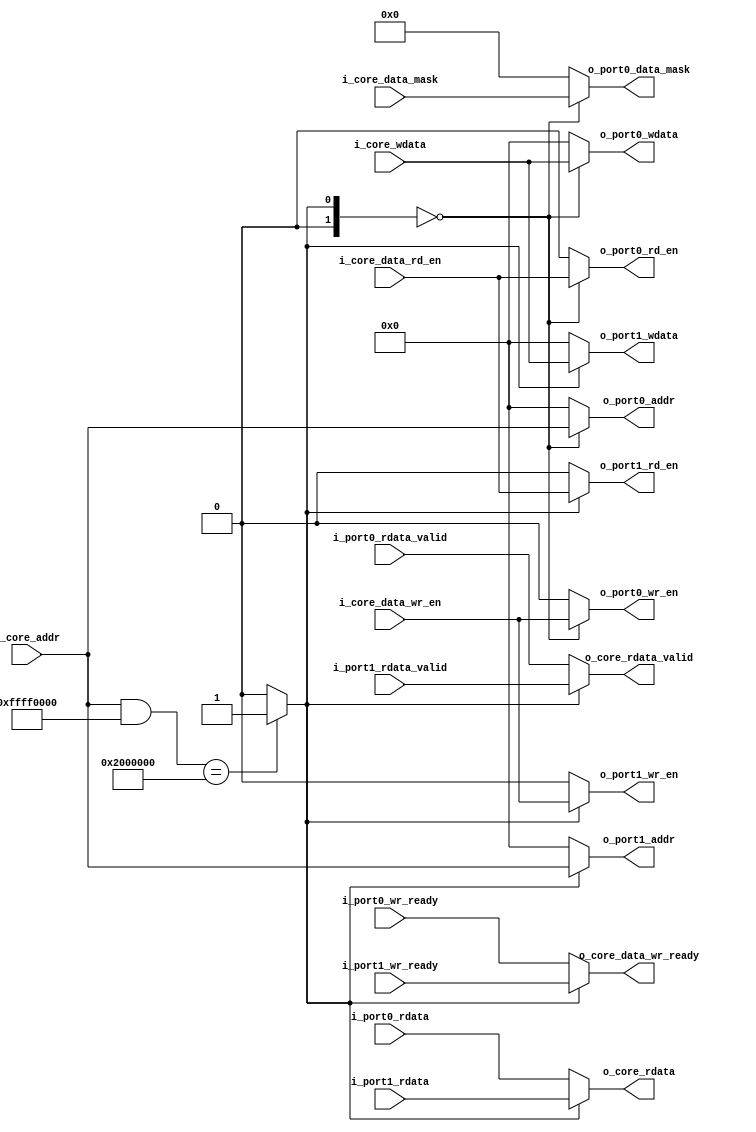
module riscv_router #(
    parameter DBUS_DATA_WIDTH      = 64,               // data bus data width
    parameter DMEM_ADDR_WIDTH      = 64                // data memory address width
)(
    // CPU core interface
    input                              i_core_data_wr_en    ,  // from cpu
    input                              i_core_data_rd_en    ,  // from cpu
    input [7:0]                        i_core_data_mask     ,  // from cpu
    input [DMEM_ADDR_WIDTH-1 : 0]      i_core_addr          ,  // from cpu
    input [DBUS_DATA_WIDTH-1 : 0]      i_core_wdata         ,  // from cpu
    output reg [DBUS_DATA_WIDTH-1 : 0] o_core_rdata         ,  // to cpu
    output reg                         o_core_rdata_valid   ,  // to cpu
    output reg                         o_core_data_wr_ready ,  // to cpu
    // data mem interface
    output reg                         o_port0_wr_en        ,  // data_wr_valid
    output reg                         o_port0_rd_en        ,  // data_rd_addr_valid
    output reg [7:0]                   o_port0_data_mask    ,  // data_wmask
    output reg [DMEM_ADDR_WIDTH-1 : 0] o_port0_addr         ,  // data_addr
    output reg [DBUS_DATA_WIDTH-1 : 0] o_port0_wdata        ,  // data_wr
    input      [DBUS_DATA_WIDTH-1 : 0] i_port0_rdata        ,  // data_rd
    input                              i_port0_rdata_valid  ,  // data_rd_valid
    input     				           i_port0_wr_ready	    ,  // data_wr_ready
    // clint interface
    output reg                         o_port1_wr_en     ,
    output reg                         o_port1_rd_en     ,
    output reg [DMEM_ADDR_WIDTH-1 : 0] o_port1_addr      , 
    output reg [DBUS_DATA_WIDTH-1 : 0] o_port1_wdata     ,
    input      [DBUS_DATA_WIDTH-1 : 0] i_port1_rdata     ,
    input    				           i_port1_wr_ready	    ,  // data_wr_ready
    input                              i_port1_rdata_valid     // data_rd_valid     

);

localparam PORT0_ADDR_PATTERN   = 64'h0000_0000_8000_0000  ;  // data mem map 0x8000_0000 and above
localparam PORT1_ADDR_PATTERN   = 64'h0000_0000_0200_0000  ;  // clint address map 0x0200_0000 to 0x0200_ffff
localparam PORT0_ADDR_MASK      = 64'h0000_0000_FFFF_0000  ;
localparam PORT1_ADDR_MASK      = 64'h0000_0000_FFFF_0000  ;

reg [1:0] port_sel ;


// always @(*) begin
//     if((i_core_addr) == PORT1_ADDR_PATTERN)       port_sel = 2'b01 ; // data from clint
//     //else if((i_core_addr & PORT0_ADDR_MASK) == PORT0_ADDR_PATTERN)  port_sel = 2'b00 ; // data from data mem
//     else port_sel = 2'b00 ;
// end

always @(*) begin
    if((i_core_addr & PORT1_ADDR_MASK) == PORT1_ADDR_PATTERN)       port_sel = 2'b01 ; // data from clint
    else if((i_core_addr & PORT0_ADDR_MASK) == PORT0_ADDR_PATTERN)  port_sel = 2'b00 ; // data from data mem
    else port_sel = 2'b00 ;
end

always@(*) begin
    case(port_sel)
        2'b00 : begin 
            o_core_rdata        = i_port0_rdata        ;
            o_core_data_wr_ready= i_port0_wr_ready	   ;
            o_core_rdata_valid  = i_port0_rdata_valid  ;
        end
        2'b01 : begin 
            o_core_rdata        = i_port1_rdata ;
            o_core_data_wr_ready= i_port1_wr_ready	   ;
            o_core_rdata_valid  = i_port1_rdata_valid  ;
        end
        default : begin 
            o_core_rdata        = i_port0_rdata ;
            o_core_data_wr_ready= i_port0_wr_ready	   ;
            o_core_rdata_valid  = i_port0_rdata_valid  ;
        end
    endcase
end

always@(*) begin
    if(port_sel ==2'b00) begin
        o_port0_wdata = i_core_wdata        ;
        o_port0_addr  = i_core_addr         ;
        o_port0_wr_en = i_core_data_wr_en   ;
        o_port0_rd_en = i_core_data_rd_en   ;
        o_port0_data_mask  =  i_core_data_mask ;   
    end
    else begin
        o_port0_wdata = {(DBUS_DATA_WIDTH){1'b0}} ;
        o_port0_addr  = {(DMEM_ADDR_WIDTH){1'b0}} ;
        o_port0_wr_en = 1'b0 ;
        o_port0_rd_en = 1'b0 ;   
        o_port0_data_mask  =  8'd0 ;       
    end
end

// always@(*) begin
//     o_port0_wdata = i_core_wdata        ;
//     o_port0_addr  = i_core_addr         ;
//     o_port0_wr_en = i_core_data_wr_en   ;
//     o_port0_rd_en = i_core_data_rd_en   ;
//     o_port0_data_mask  =  i_core_data_mask ;   
// end

always@(*) begin
    if(port_sel ==2'b01) begin
        o_port1_wdata = i_core_wdata        ;
        o_port1_addr  = i_core_addr         ;
        o_port1_wr_en = i_core_data_wr_en   ;
        o_port1_rd_en = i_core_data_rd_en   ;
    end
    else begin
        o_port1_wdata = {(DBUS_DATA_WIDTH){1'b0}} ;
        o_port1_addr  = {(DMEM_ADDR_WIDTH){1'b0}} ;
        o_port1_wr_en = 1'b0 ;
        o_port1_rd_en = 1'b0 ;         
    end
end


endmodule